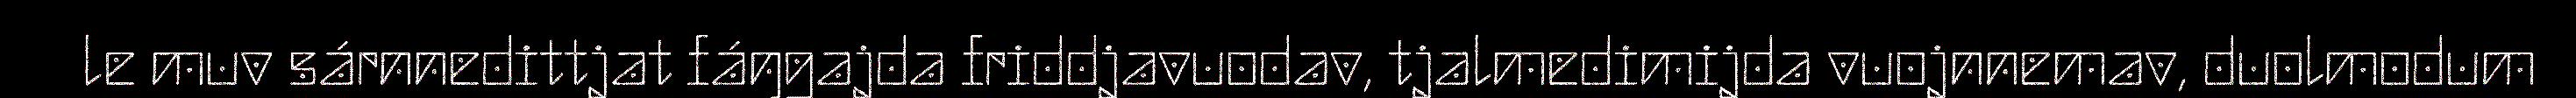
le muv sárnnedittjat fáŋgajda friddjavuodav, tjalmedimijda vuojnnemav, duolmodum